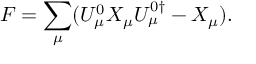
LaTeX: F = \sum _ { \mu } ( U _ { \mu } ^ { 0 } X _ { \mu } U _ { \mu } ^ { 0 \dagger } - X _ { \mu } ) .